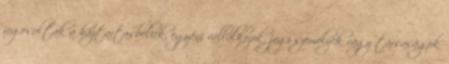
jogosultak a háztartásbeliek, egyéni vállalkozók, jogi személyek vagy társaságok